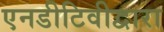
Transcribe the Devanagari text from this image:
एनडीटिवीद्वारा